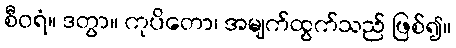
စီဝရံ။ ဒတွာ။ ကုပိတော၊ အမျက်ထွက်သည် ဖြစ်၍။